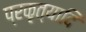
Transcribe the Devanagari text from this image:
प्रकृत्यादि